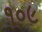
૧૦૯